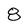
Character: 8